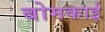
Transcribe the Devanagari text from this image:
बोमकाई